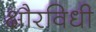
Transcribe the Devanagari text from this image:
क्षौरविधी